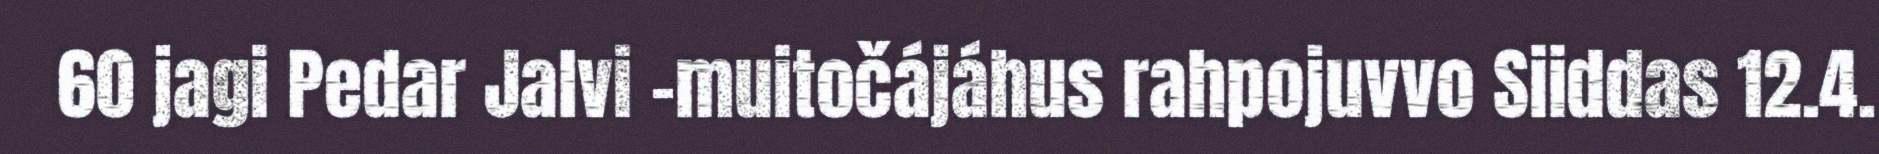
60 jagi Pedar Jalvi –muitočájáhus rahpojuvvo Siiddas 12.4.